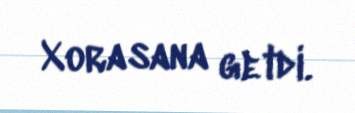
Xorasana getdi.